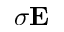
\sigma { \bf E }